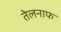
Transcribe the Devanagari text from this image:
तेलनाफ